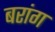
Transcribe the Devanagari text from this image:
बरांग